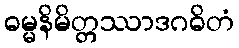
ဓမ္မနိမိတ္တဿာဒဂဓိတံ